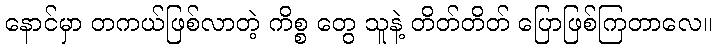
နောင်မှာ တကယ်ဖြစ်လာတဲ့ ကိစ္စ တွေ သူနဲ့ တိတ်တိတ် ပြောဖြစ်ကြတာလေ။